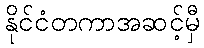
နိုင်ငံတကာအဆင့်မှီ